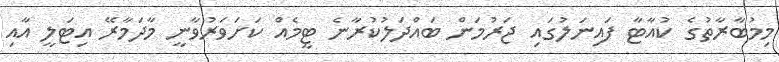
މިމުބާރާތުގެ ކުއާޓާ ފައިނަލުގައި ޖަރުމަން ބައްދަލުކުރާނެ ޓީމެއް ކަށަވަރުވާނީ މާދަމާރޭ އިޓަލީ އާއި